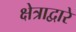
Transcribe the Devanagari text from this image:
क्षेत्राद्वारे